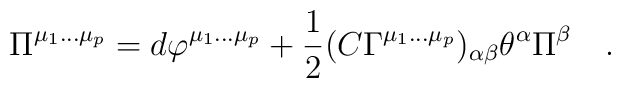
\Pi^{\mu_1\dots \mu_p} =d \varphi^{\mu_1 \dots \mu_p}  +{1\over 2}(C \Gamma^{\mu_1\dots \mu_p})_{\alpha \beta}\theta^\alpha \Pi^\beta\quad.